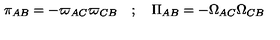
\pi _ { A B } = - \varpi _ { A C } \varpi _ { C B } \quad ; \quad \Pi _ { A B } = - \Omega _ { A C } \Omega _ { C B }